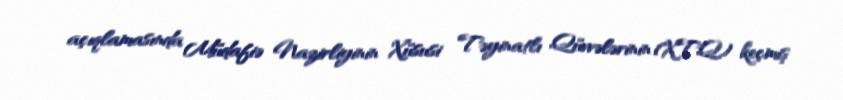
açıqlamasında Müdafiə Nazirliyinin Xüsusi Təyinatlı Qüvvələrinin (XTQ) keçmiş